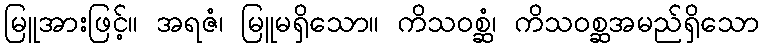
မြူအားဖြင့်။ အရဇံ၊ မြူမရှိသော။ ကိသဝစ္ဆံ၊ ကိသဝစ္ဆအမည်ရှိသော